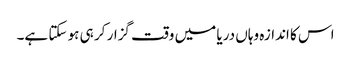
اس کا اندازہ وہاں دریا میں وقت گزار کر ہی ہو سکتا ہے۔